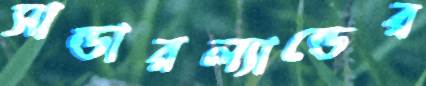
সান্ডারল্যান্ডের